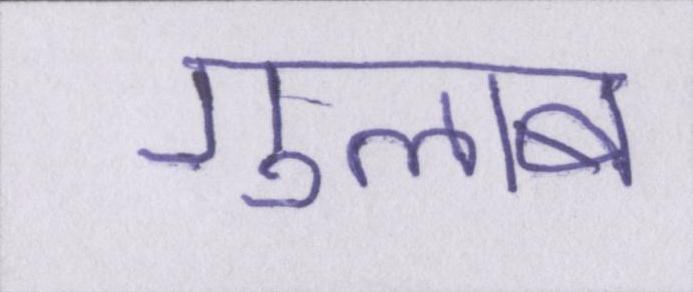
गुलाब